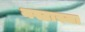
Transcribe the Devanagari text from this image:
नस्टास्जा